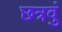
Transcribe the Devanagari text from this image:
छत्रवुं